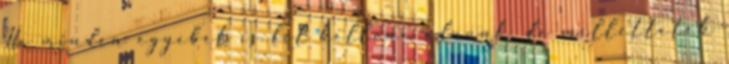
Ha minden egyebet is fel kellene adnunk, de mellettetek